Annual statistical returns and brief notes on vaccination in Bengal - 1909-1929
Year: 1909
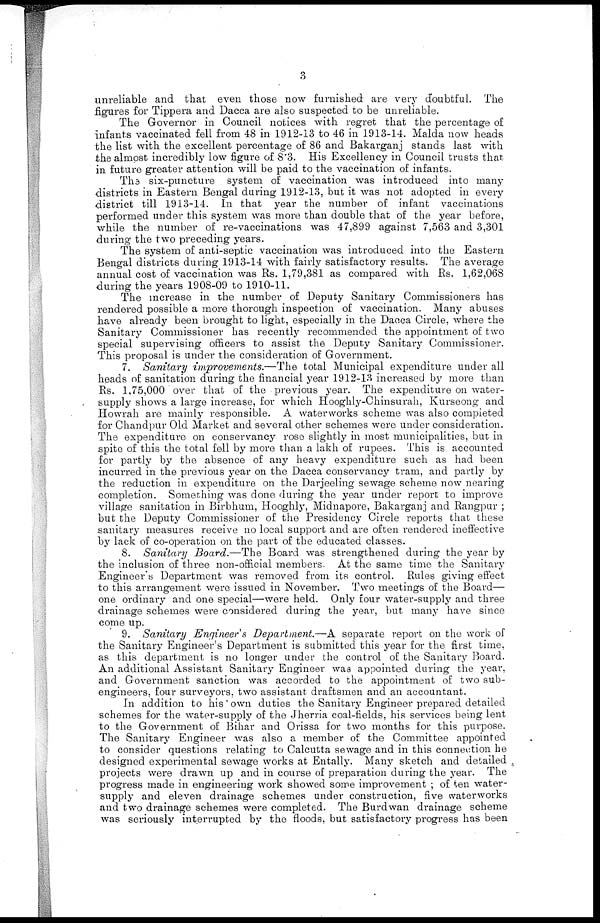
3
unreliable and that even those now furnished are very doubtful. The
figures for Tippera and Dacca are also suspected to be unreliable.
The Governor in Council notices with regret that the percentage of
infants vaccinated fell from 48 in 1912-13 to 46 in 1913-14. Malda now heads
the list with the excellent percentage of 86 and Bakarganj stands last with
the almost incredibly low figure of 8.3. His Excellency in Council trusts that
in future greater attention will be paid to the vaccination of infants.
The six-puncture system of vaccination was introduced into many
districts in Eastern Bengal during 1912-13, but it was not adopted in every
district till 1913-14. In that year the number of infant vaccinations
performed under this system was more than double that of the year before,
while the number of re-vaccinations was 47,899 against 7,563 and 3,301
during the two preceding years.
The system of anti-septic vaccination was introduced into the Eastern
Bengal districts during 1913-14 with fairly satisfactory results. The average
annual cost of vaccination was Rs. 1,79,381 as compared with Rs. 1,62,068
during the years 1908-09 to 1910-11.
The increase in the number of Deputy Sanitary Commissioners has
rendered possible a more thorough inspection of vaccination. Many abuses
have already been brought to light, especially in the Dacca Circle, where the
Sanitary Commissioner has recently recommended the appointment of two
special supervising officers to assist the Deputy Sanitary Commissioner.
This proposal is under the consideration of Government.
7. Sanitary improvements.—The total Municipal expenditure under all
heads of sanitation during the financial year 1912-13 increased by more than
Rs. 1,75,000 over that of the previous year. The expenditure on water.
supply shows a large increase, for which Hooghly-Chinsurah, Kurseong and
Howrah are mainly responsible. A water works scheme was also completed
for Chandpur Old Market and several other schemes were under consideration.
The expenditure on conservancy rose slightly in most municipalities, but in
spite of this the total fell by more than a lakh of rupees. This is accounted
for partly by the absence of any heavy expenditure such as had been
incurred in the previous year on the Dacca conservancy tram, and partly by
the reduction in expenditure on the Darjeeling sewage scheme now nearing
completion. Something was done during the year under report to improve
village sanitation in Birbhum, Hooghly, Midnapore, Bakarganj and Rangpur ;
but the Deputy Commissioner of the Presidency Circle reports that these
sanitary measures receive no local support and are often rendered ineffective
by lack of co-operation on the part of the educated classes.
8. Sanitary Board.—The Board was strengthened during the year by
the inclusion of three non-official members. At the same time the Sanitary
Engineer's Department was removed from its control. Rules giving effect
to this arrangement were issued in November. Two meetings of the Board—
one ordinary and one special—were held. Only four water-supply and three
drainage schemes were considered during the year, but many have since
come up.
9. Sanitary Engineer s Department.—A separate report on the work of
the Sanitary Engineer's Department is submitted this year for the first time,
as this department is no longer under the control of the Sanitary Board.
An additional Assistant Sanitary Engineer was appointed during the year,
and Government sanction was accorded to the appointment of two sub-
engineers, four surveyors, two assistant draftsmen and an accountant.
In addition to his own duties the Sanitary Engineer prepared detailed
schemes for the water-supply of the Jherria coal-fields, his services being lent
to the Government of Bihar and Orissa for two months for this purpose.
The Sanitary Engineer was also a member of the Committee appointed
to consider questions relating to Calcutta sewage and in this connection he
designed experimental sewage works at Entally. Many sketch and detailed
projects were drawn up and in course of preparation during the year. The
progress made in engineering work showed some improvement ; of ten water-
supply and eleven drainage schemes under construction, five waterworks
and two drainage schemes were completed. The Burdwan drainage scheme
was seriously interrupted by the floods, but satisfactory progress has been